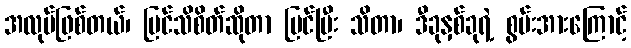
အလုပ်ဖြစ်တယ်၊ မြင်သိစိတ်ဆိုတာ မြင်ပြီး သိတာ၊ ဒီခုနှစ်ခုရဲ့ စွမ်းအားကြောင့်